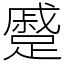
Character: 蹙